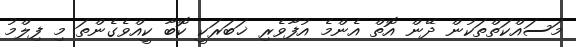
މަސައްކަތްތަކުން ދޭން އޮތް އެންމެ އުފާވެރި ޚަބަރަކީ ކޮބާ ކީއްވެގެންތަ މި ފިލްމު